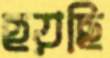
হয়ছি